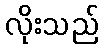
လိုးသည်